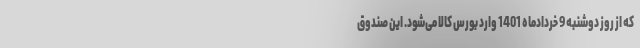
که از روز دوشنبه 9 خردادماه 1401 وارد بورس کالا می‌شود. این صندوق